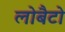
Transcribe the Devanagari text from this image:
लोबैटो